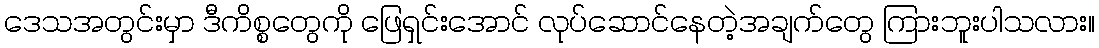
ဒေသအတွင်းမှာ ဒီကိစ္စတွေကို ဖြေရှင်းအောင် လုပ်ဆောင်နေတဲ့အချက်တွေ ကြားဘူးပါသလား။